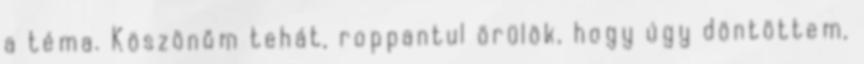
a téma. Köszönöm tehát, roppantul örülök, hogy úgy döntöttem,